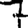
Digit: 7